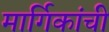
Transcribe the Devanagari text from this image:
मार्गिकांची